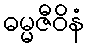
ဓမ္မဇီဝိနံ